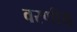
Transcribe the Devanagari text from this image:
वरणीय